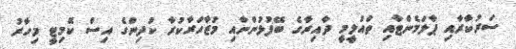
ސަރުކާރާއި ޕާލަމެންޓާއި ތައުލީމީ ދާއިރާގެ ބޭފުޅުންނާއި މުޒާހަރާކުރާ ކުދިންގެ އިސް ކޮމިޓީ މިހާރު